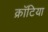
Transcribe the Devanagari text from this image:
क्रॉटिया